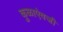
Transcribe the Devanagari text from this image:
कुळाऐवजी